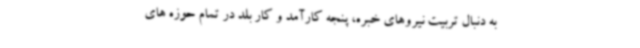
به دنبال تربیت نیروهای خبره، پنجه کارآمد و کار بلد در تمام حوزه های